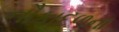
નૌકાદળના